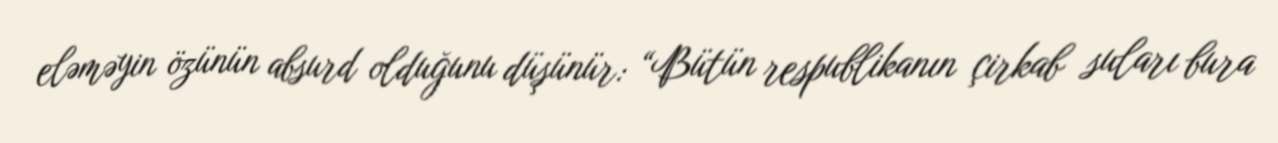
eləməyin özünün absurd olduğunu düşünür: “Bütün respublikanın çirkab suları bura